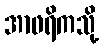
အာဖရိကသို့